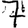
Digit: 7